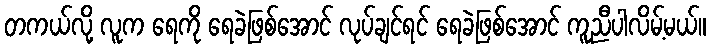
တကယ်လို့ လူက ရေကို ရေခဲဖြစ်အောင် လုပ်ချင်ရင် ရေခဲဖြစ်အောင် ကူညီပါလိမ့်မယ်။